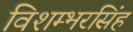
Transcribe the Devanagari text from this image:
विशम्भरसिंह